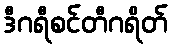
ဒီဂရီစင်တီဂရိတ်